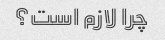
چرا لازم است؟